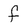
Character: f